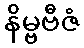
နိမ္ဗဗီဇံ